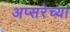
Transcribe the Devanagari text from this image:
अप्सरेच्या